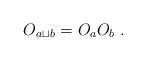
LaTeX: \begin{align*}O_{a\sqcup b}=O_aO_b\;.\end{align*}